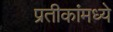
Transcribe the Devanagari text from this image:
प्रतीकांमध्ये